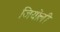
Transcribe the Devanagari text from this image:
जियोली